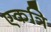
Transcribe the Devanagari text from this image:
एकत्रि